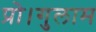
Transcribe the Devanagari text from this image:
प्रो।गुलाम